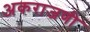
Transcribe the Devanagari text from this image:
अकराजणी